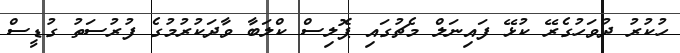
ހުކުރު ދުވަހުގެރޭ ކުޅޭ ފައިނަލް މެޗުގައި ޕޮލިސް ކްލަބާ ވާދަކުރުމުގެ ފުރުސަތު ގުޑީސް